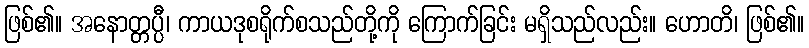
ဖြစ်၏။ အနောတ္တပ္ပီ၊ ကာယဒုစရိုက်စသည်တို့ကို ကြောက်ခြင်း မရှိသည်လည်း။ ဟောတိ၊ ဖြစ်၏။